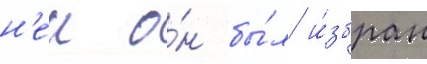
н'еи о́н бы́л и́збран